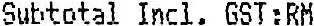
SUBTOTAL INCL. GST:RM